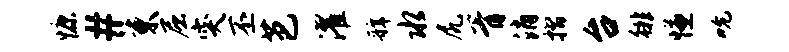
慷#束屈突丕芭濯虢水尻胥消摺台徘慊吮